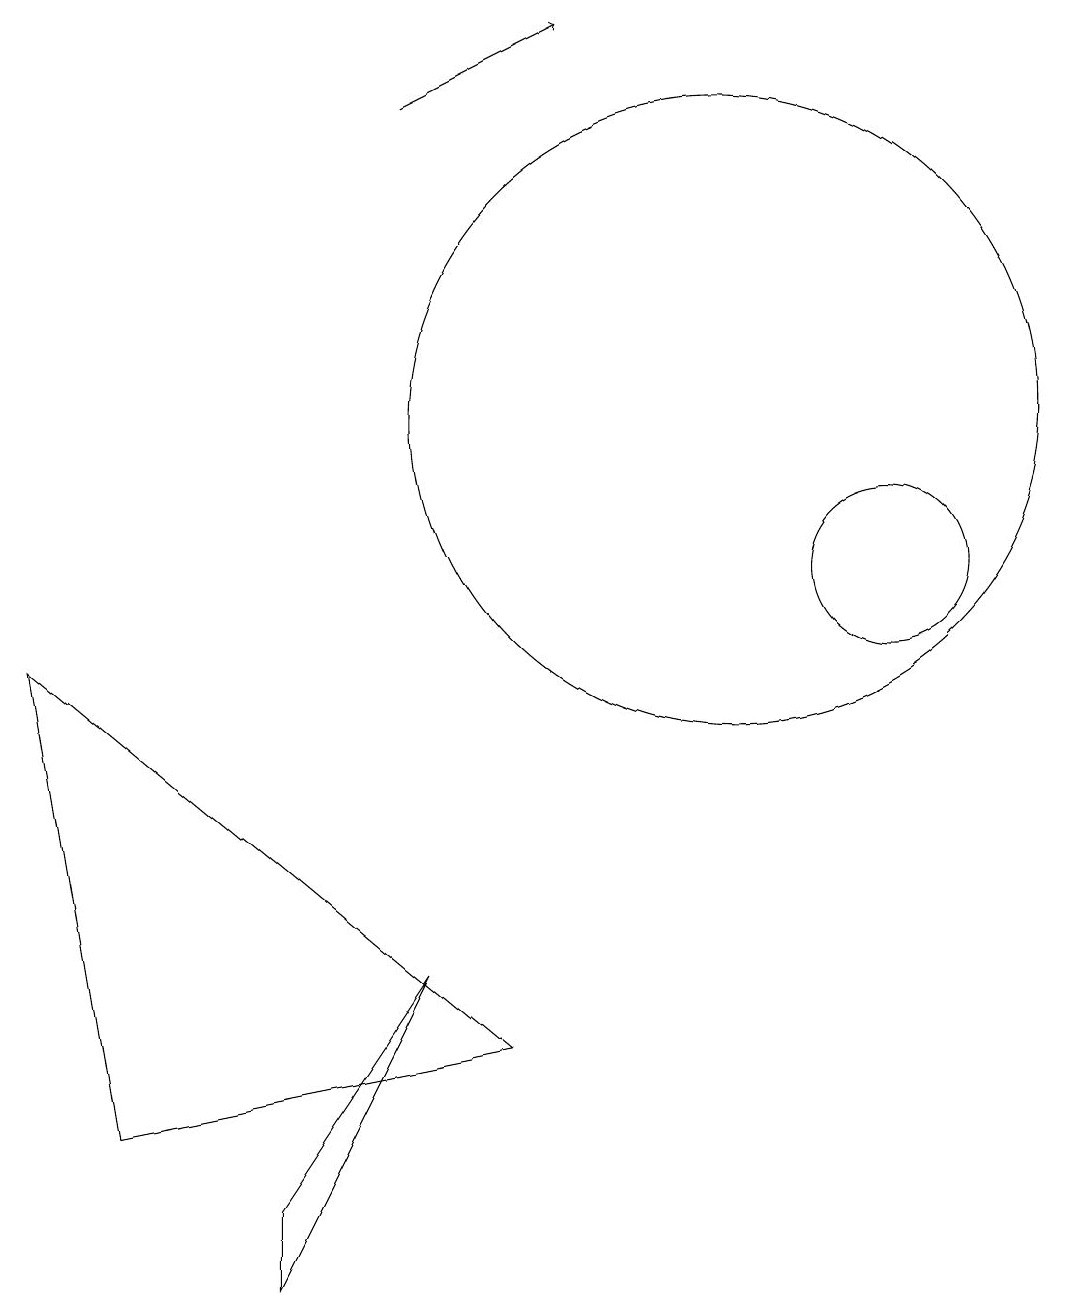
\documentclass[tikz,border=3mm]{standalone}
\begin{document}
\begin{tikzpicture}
\draw (4,1) -- (6,5) -- (4,2) -- cycle;
\draw (12,10) circle (1);
\draw[->] (6,16) -- (8,17);
\draw (7,4) -- (1,9) -- (2,3) -- cycle;
\draw (10,12) circle (4);
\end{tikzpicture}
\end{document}